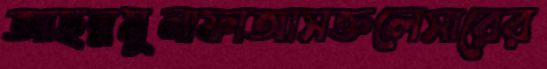
আছন্নমুনাফাআসক্তলেসারের